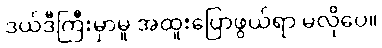
ဒယ်ဒီကြီးမှာမူ အထူးပြောဖွယ်ရာ မလိုပေ။